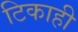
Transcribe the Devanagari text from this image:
टिकाही